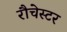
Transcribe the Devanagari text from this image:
रौचेस्टर